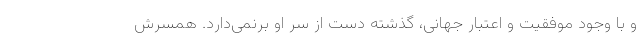
و با وجود موفقیت و اعتبار جهانی، گذشته دست از سر او برنمی‌دارد. همسرش